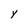
Character: y